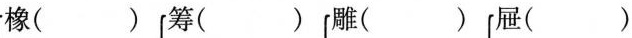
橡( )筹( ) 雕( ) 屉()